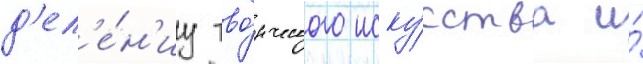
д'ел'е́н'иу тво́рческого иску́сства и́